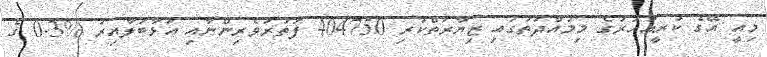
މިއީ އޭގެ ކުރީއަހަރުގެ މިމުއްދަތުގައި ޒިޔާރަތްކުރި 404750 ފަތުރުވެރިންނާއި އަޅާބަލާއިރު %0.3 ގެ